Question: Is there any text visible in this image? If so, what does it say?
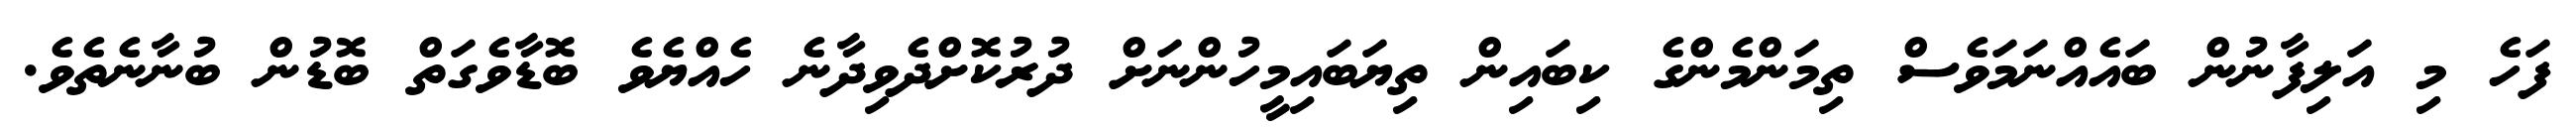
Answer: ފަހެ މި އަލިފާނުން ބައެއްނަމަވެސް ތިމަންމެންގެ ކިބައިން ތިޔަބައިމީހުންނަށް ދުރުކޮށްދެވިދާނެ ހެއްޔެވެ ބޮޑާވެގަތް ބޮޑުން ބުނާނެތެވެ.